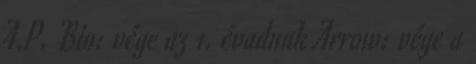
A.P. Bio: vége az 1. évadnak Arrow: vége a